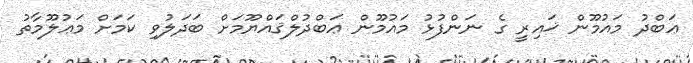
ޢަބްދު މައުމޫން ޚައިރީ ގެ ނަންފުޅު މައުމޫން ޢަބްދުލްޤައްޔޫމަށް ބަދަލުވި ކަމަށް މަޢުލޫމާތު